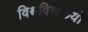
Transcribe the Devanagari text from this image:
विश्वविद्यलयो